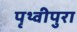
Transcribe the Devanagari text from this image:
पृथ्वीपुरा